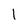
Character: l